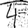
Digit: 4